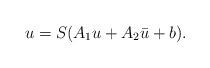
LaTeX: \begin{align*}u=S(A_1u+A_2\bar u+b).\end{align*}